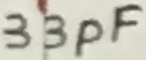
Text: 33pF